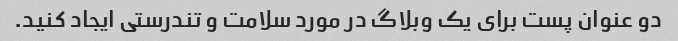
دو عنوان پست برای یک وبلاگ در مورد سلامت و تندرستی ایجاد کنید.